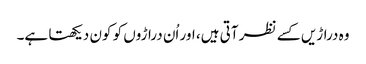
وہ دراڑیں کسے نظر آتی ہیں، اور اُن دراڑوں کو کون دیکھتا ہے۔